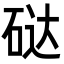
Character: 鿎